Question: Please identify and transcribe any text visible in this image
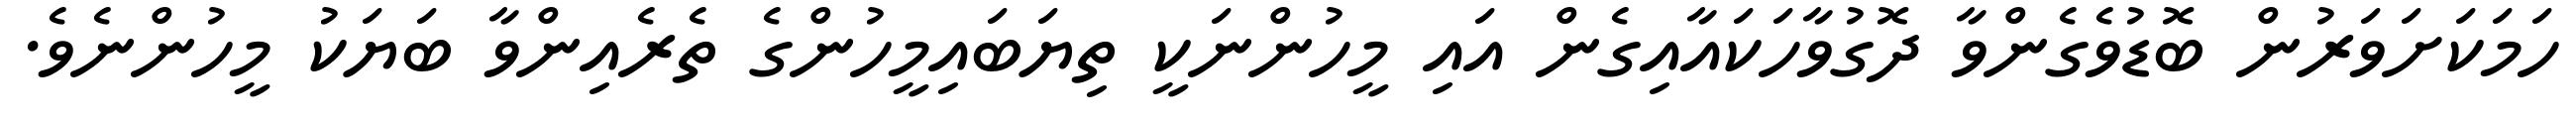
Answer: ހަމަކަށަވަރުން ބޮޑުވެގެންވާ ދޮގުވާހަކައާއިގެން އައި މީހުންނަކީ ތިޔަބައިމީހުންގެ ތެރެއިންވާ ބަޔަކު މީހުންނެވެ.